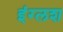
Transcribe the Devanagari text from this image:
इंग्लश